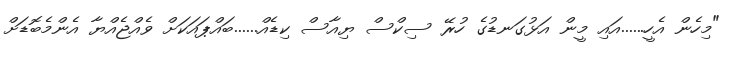
"މިހެން އެހީ......އައި މީން އަޅުގަނޑުގެ ހުރޭ ސިކްސް ޔިއާސް ކިޑެއް......ބައްޕައަކަށް ވެއްޖެއްޔާ އެންމެބޮޑަށް